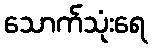
သောက်သုံးရေ